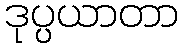
ဒုပ္ပယာတာ